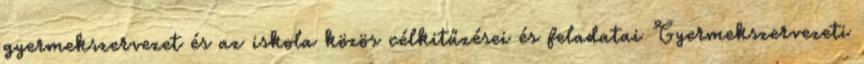
gyermekszervezet és az iskola közös célkitűzései és feladatai Gyermekszervezeti